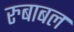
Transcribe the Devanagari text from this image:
रुबाबल